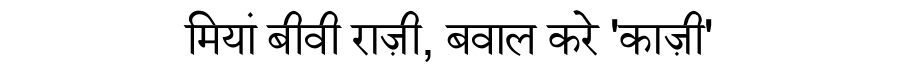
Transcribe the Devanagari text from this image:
मियां बीवी राज़ी, बवाल करे 'काज़ी'